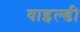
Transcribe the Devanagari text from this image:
वाइल्डी